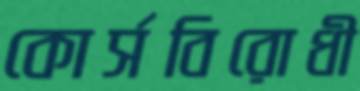
কোর্সবিরোধী